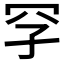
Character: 𪞐